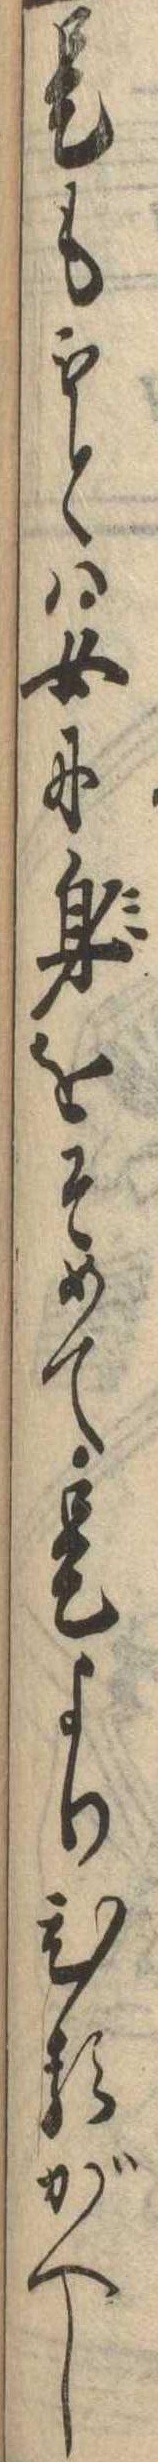
是ももとは女に身をそめて是よりひるがへし